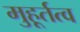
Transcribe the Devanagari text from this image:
मुहूर्तत्व